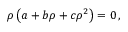
\rho \left( a + b \rho + c \rho ^ { 2 } \right) = 0 \, ,